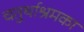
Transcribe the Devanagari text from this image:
चतुर्थाश्रमका